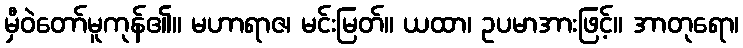
မှီဝဲတော်မူကုန်၏။ မဟာရာဇ၊ မင်းမြတ်။ ယထာ၊ ဥပမာအားဖြင့်။ အာတုရော၊